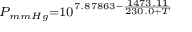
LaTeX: \scriptstyle P _ { m m H g } = 1 0 ^ { 7 . 8 7 8 6 3 - { \frac { 1 4 7 3 . 1 1 } { 2 3 0 . 0 + T } } }